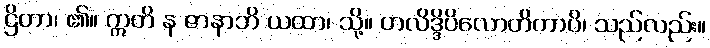
ဌိတာ၊ ၏။ ဣတိ န ဇာနာဘိ ယထာ၊ သို့။ ဟလိဒ္ဒိပိလောတိကာပိ၊ သည်လည်း။